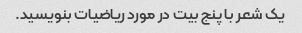
یک شعر با پنج بیت در مورد ریاضیات بنویسید.